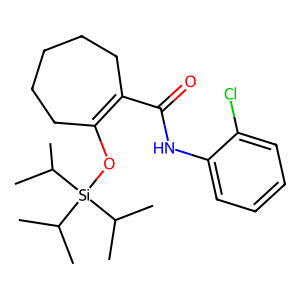
SMILES: CC(C)[Si](OC1=C(C(=O)Nc2ccccc2Cl)CCCCC1)(C(C)C)C(C)C
Inhibits HIV replication: No